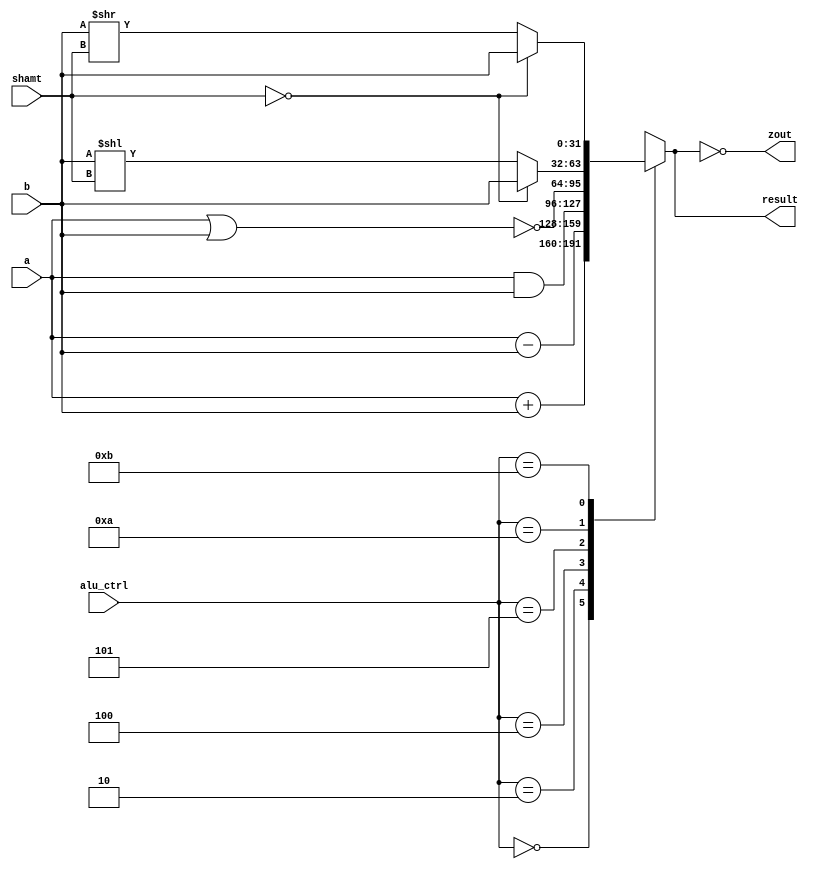
module ALU (
    input wire [31:0] a,
    input wire [31:0] b,
    input wire [3:0] alu_ctrl,
    input wire [4:0] shamt,
    output reg [31:0] result,
    output wire zout
);

// Declare necessary registers or wires
always @* begin
    case (alu_ctrl) 
        4'b0000: result = a + b;   // ADD
        4'b0010: result = a - b;   // SUB
        4'b0100: result = a & b;   // AND
        4'b0101: result = ~(a | b); // NOR
        4'b1010: result = (shamt == 0) ? b : (b << shamt);// SLL
        4'b1011: result = (shamt == 0) ? b : (b >> shamt); // SRL
        default: result = 32'hxxxx_xxxx; // Default value for not specified cases
    endcase
end

assign zout = (result == 32'h0000_0000);

endmodule